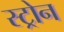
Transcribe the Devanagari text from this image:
स्ट्रोन